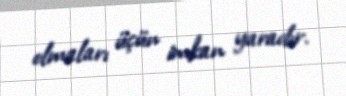
olmaları üçün imkan yaradır.